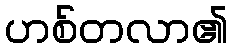
ဟစ်တလာ၏